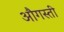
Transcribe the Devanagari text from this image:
औगस्ती